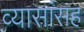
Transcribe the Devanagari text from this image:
व्यासांसह